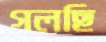
গলছি